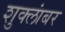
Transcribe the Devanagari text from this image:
शुक्लांबर